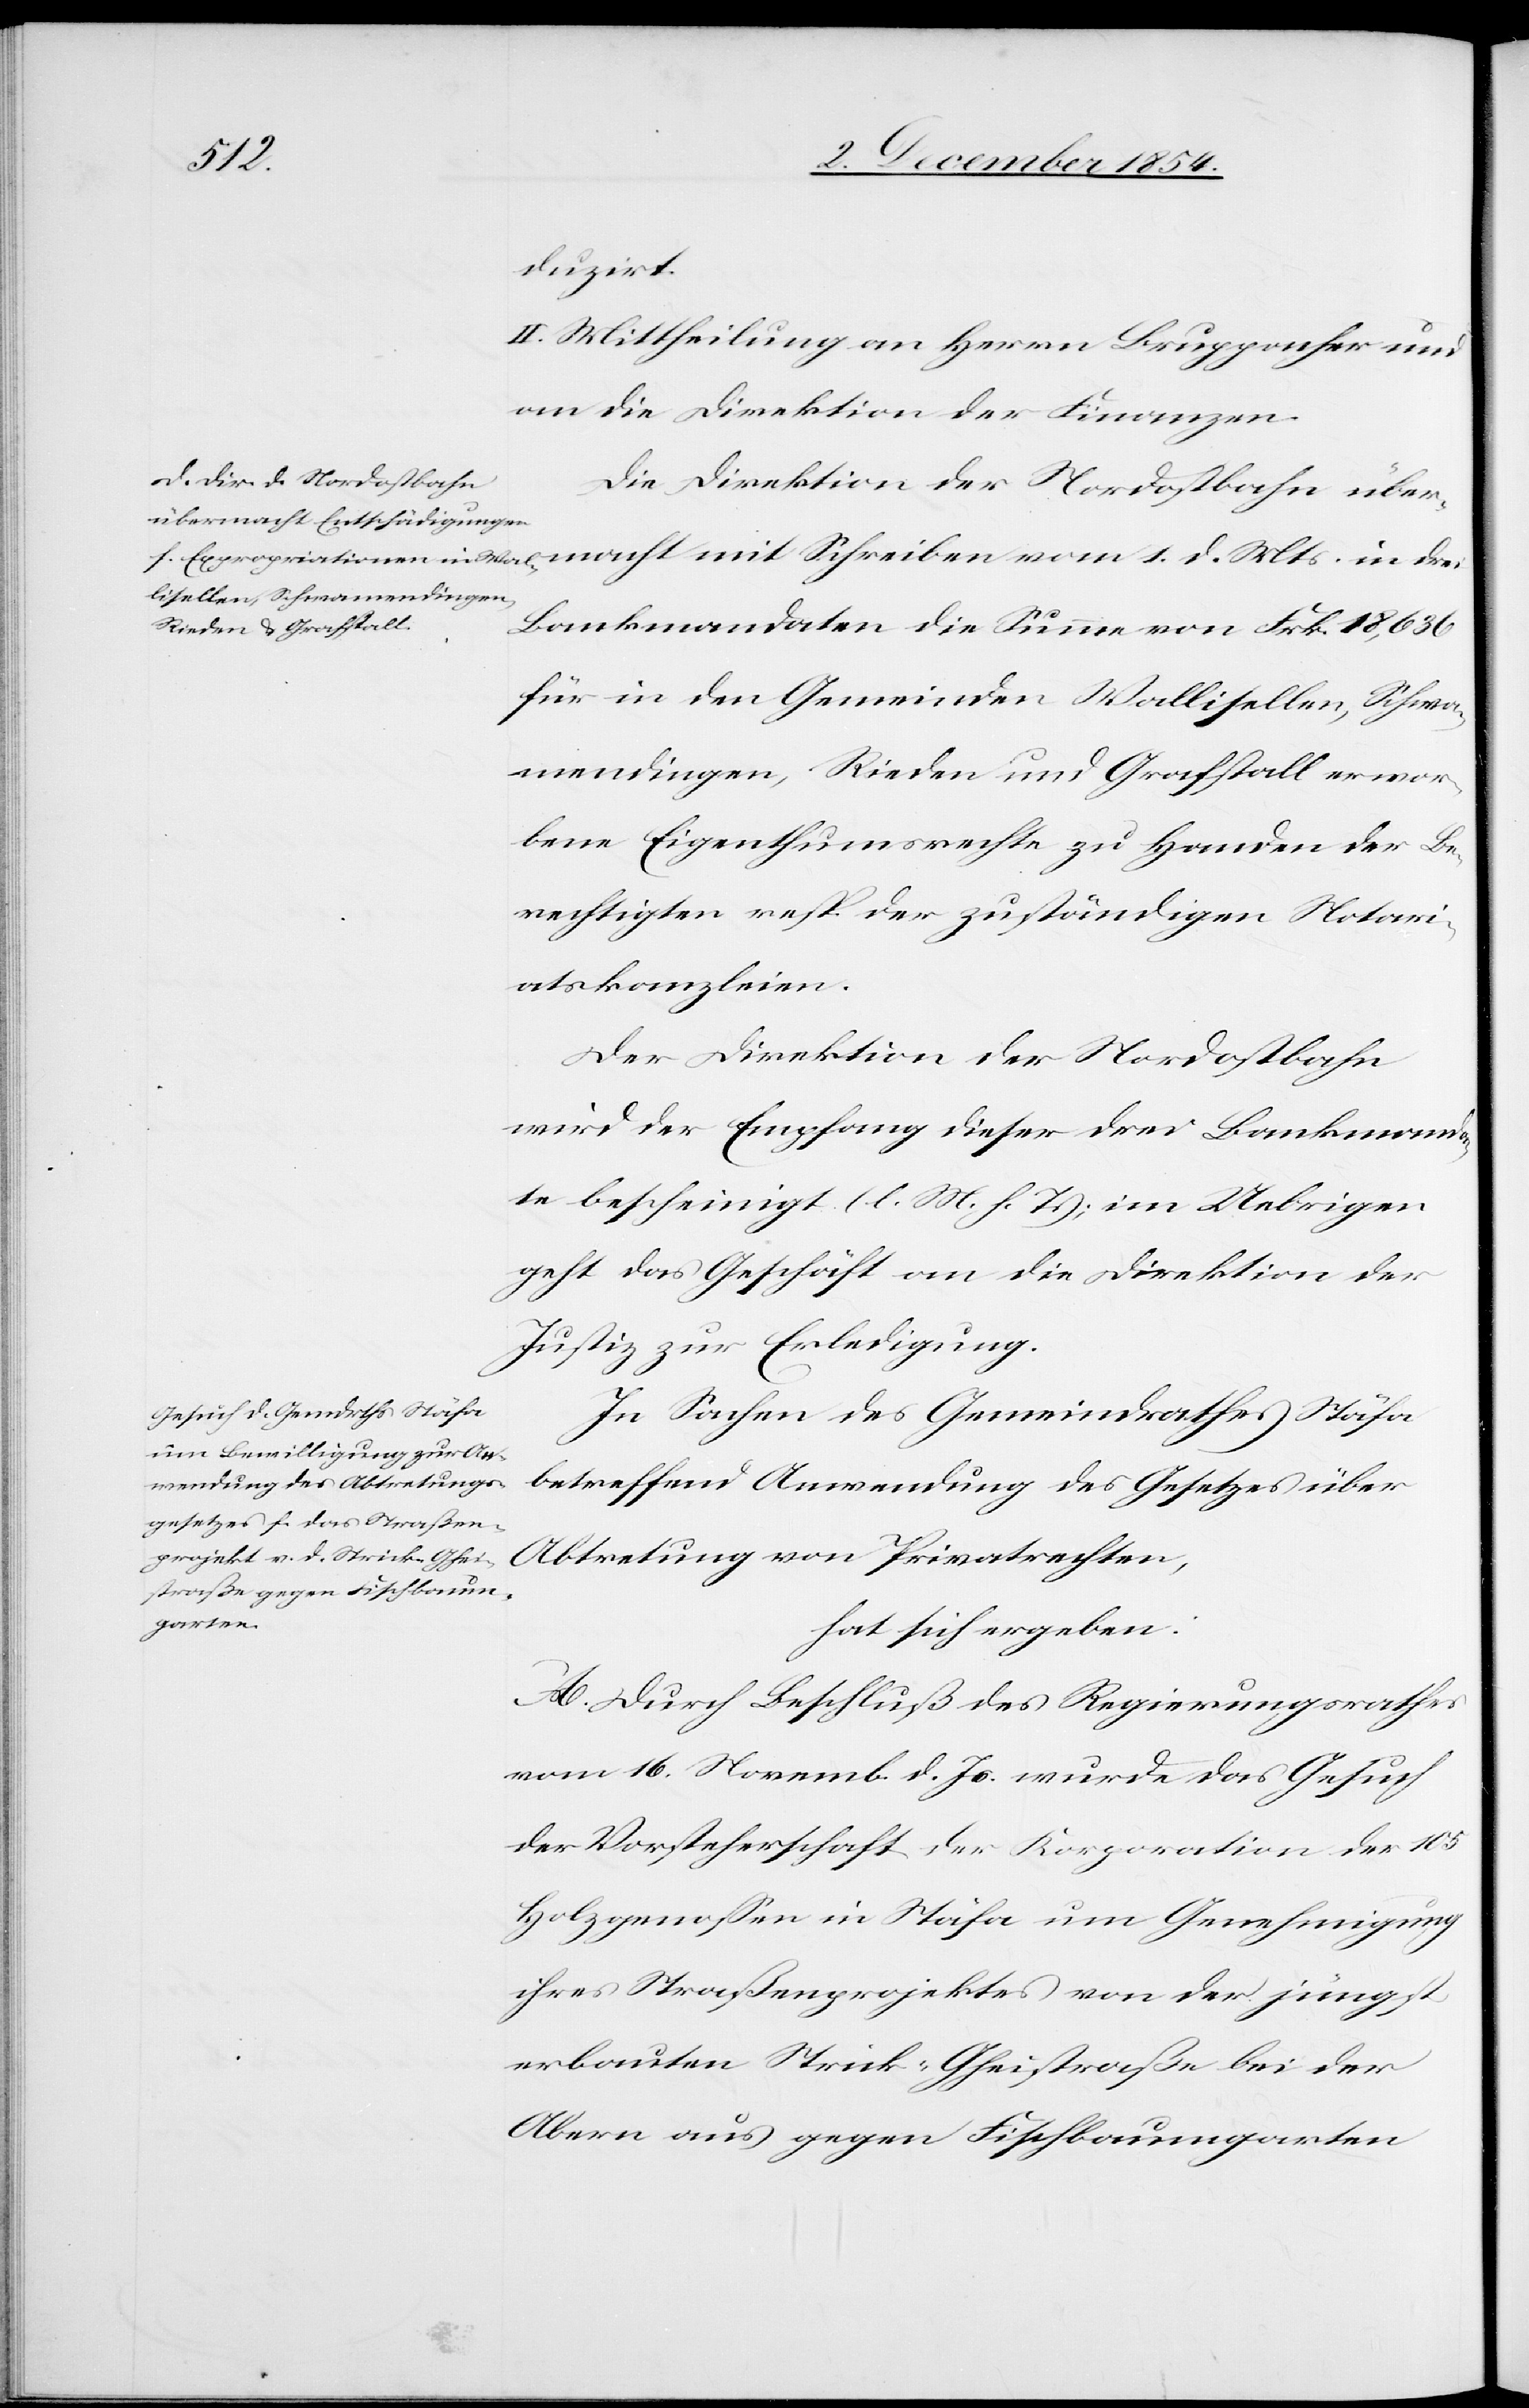
drei
duzirt.
II. Mittheilung an Herrn Bruppacher und
an die Direktion der Finanzen.
Die Direktion der Nordostbahn über¬
Bankmandaten die Summe von Frk. 18,636
für in den Gemeinden Wallisellen, Schwa¬
mendingen, Rieden und Grafstall erwor¬
bene Eigenthumsrechte zu Handen der Be¬
rechtigten resp. der zuständigen Notari¬
atskanzleien.
Der Direktion der Nordostbahn
wird der Empfang dieser drei Bankmanda¬
te bescheinigt (l. M. h. T.); im Uebrigen
geht das Geschäft an die Direktion der
Justiz zur Erledigung.
In Sachen des Gemeindrathes Stäfa
betreffend Anwendung des Gesetzes über
hat sich ergeben:
A. Durch Beschluß des Regierungsrathes
vom 16. Novemb. d. Js. wurde das Gesuch
der Vorsteherschaft der Korporation der 105
Holzgenoßen in Stäfa um Genehmigung
ihres Straßenprojektes von der jüngst
erbauten Strick-Gheistraße bei der
Albern aus gegen Fischbaumgarten